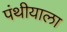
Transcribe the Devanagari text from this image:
पंथीयाला